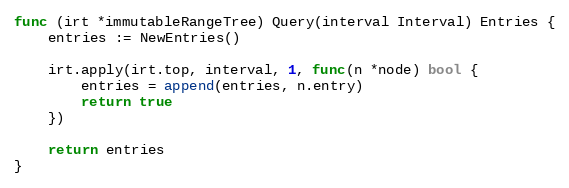
Language: Go
func (irt *immutableRangeTree) Query(interval Interval) Entries {
	entries := NewEntries()

	irt.apply(irt.top, interval, 1, func(n *node) bool {
		entries = append(entries, n.entry)
		return true
	})

	return entries
}